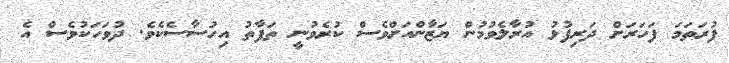
ފުރަތަމަ ފަހަރަށް ދަރިފުޅު އުރާލެވުމުން ޔަޒާންއަށްވެސް ކުރެވުނީ ތަފާތު އިހުސާސެކެވެ. ދުވަހަކުވެސް އެ